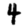
Digit: 4